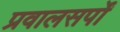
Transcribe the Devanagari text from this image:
प्रवालसर्पों